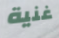
غنية